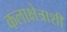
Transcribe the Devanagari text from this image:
कलाक्षेत्राशी